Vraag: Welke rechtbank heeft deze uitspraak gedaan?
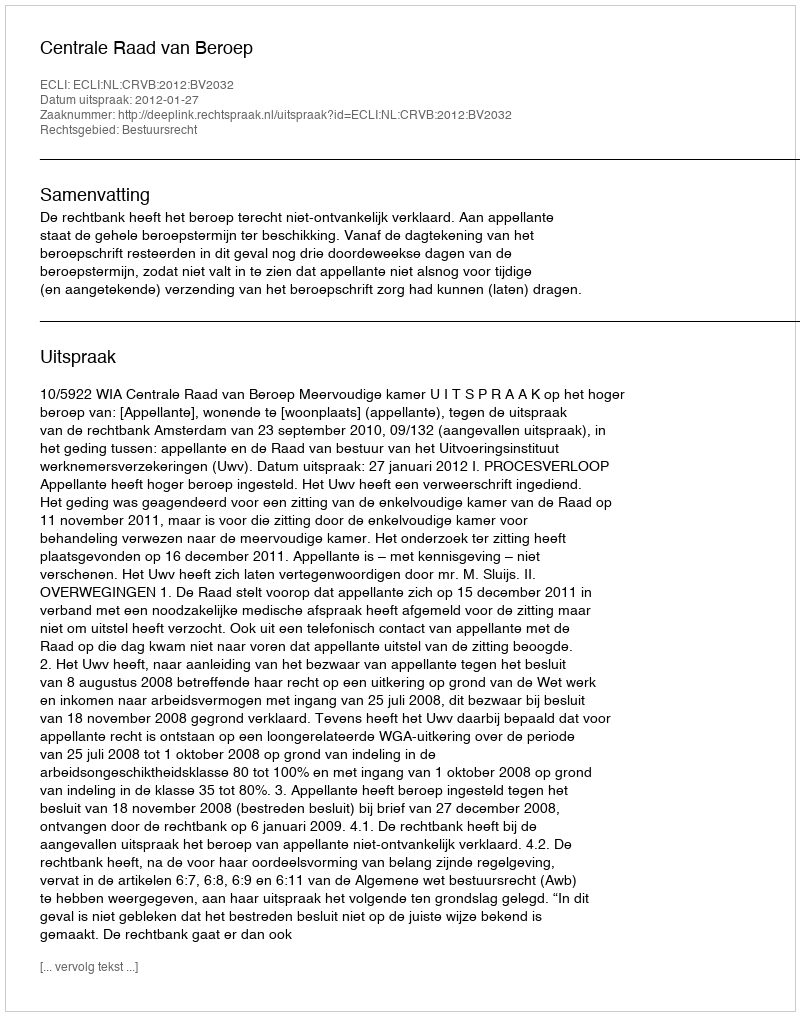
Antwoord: Centrale Raad van Beroep